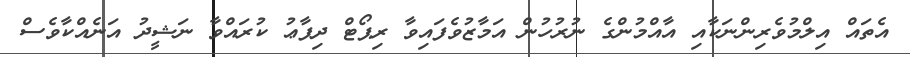
އެތައް އިލްމުވެރިންނަކާއި އާއްމުންގެ ނުރުހުން އަމާޒުވެފައިވާ ރިޕޯޓް ދިފާޢު ކުރައްވާ ނަޝީދު އަނެއްކާވެސް